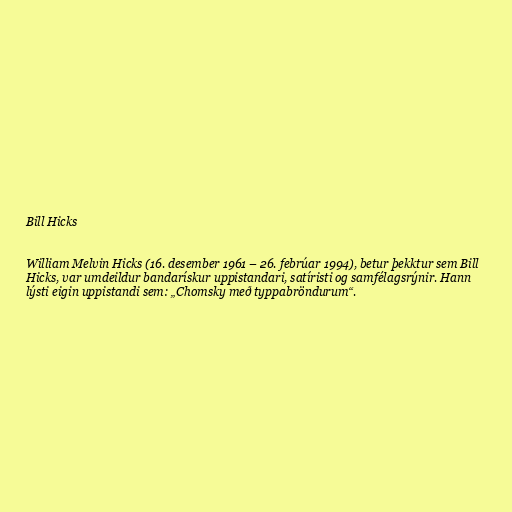
Bill Hicks

William Melvin Hicks (16. desember 1961 – 26. febrúar 1994), betur þekktur sem Bill
Hicks, var umdeildur bandarískur uppistandari, satíristi og samfélagsrýnir. Hann
lýsti eigin uppistandi sem: „Chomsky með typpabröndurum“.